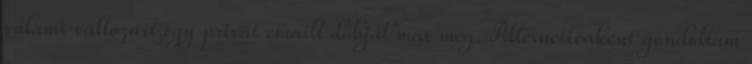
valami változást,egy privát emailt dobjál már meg. Alternetivaként gondoltam